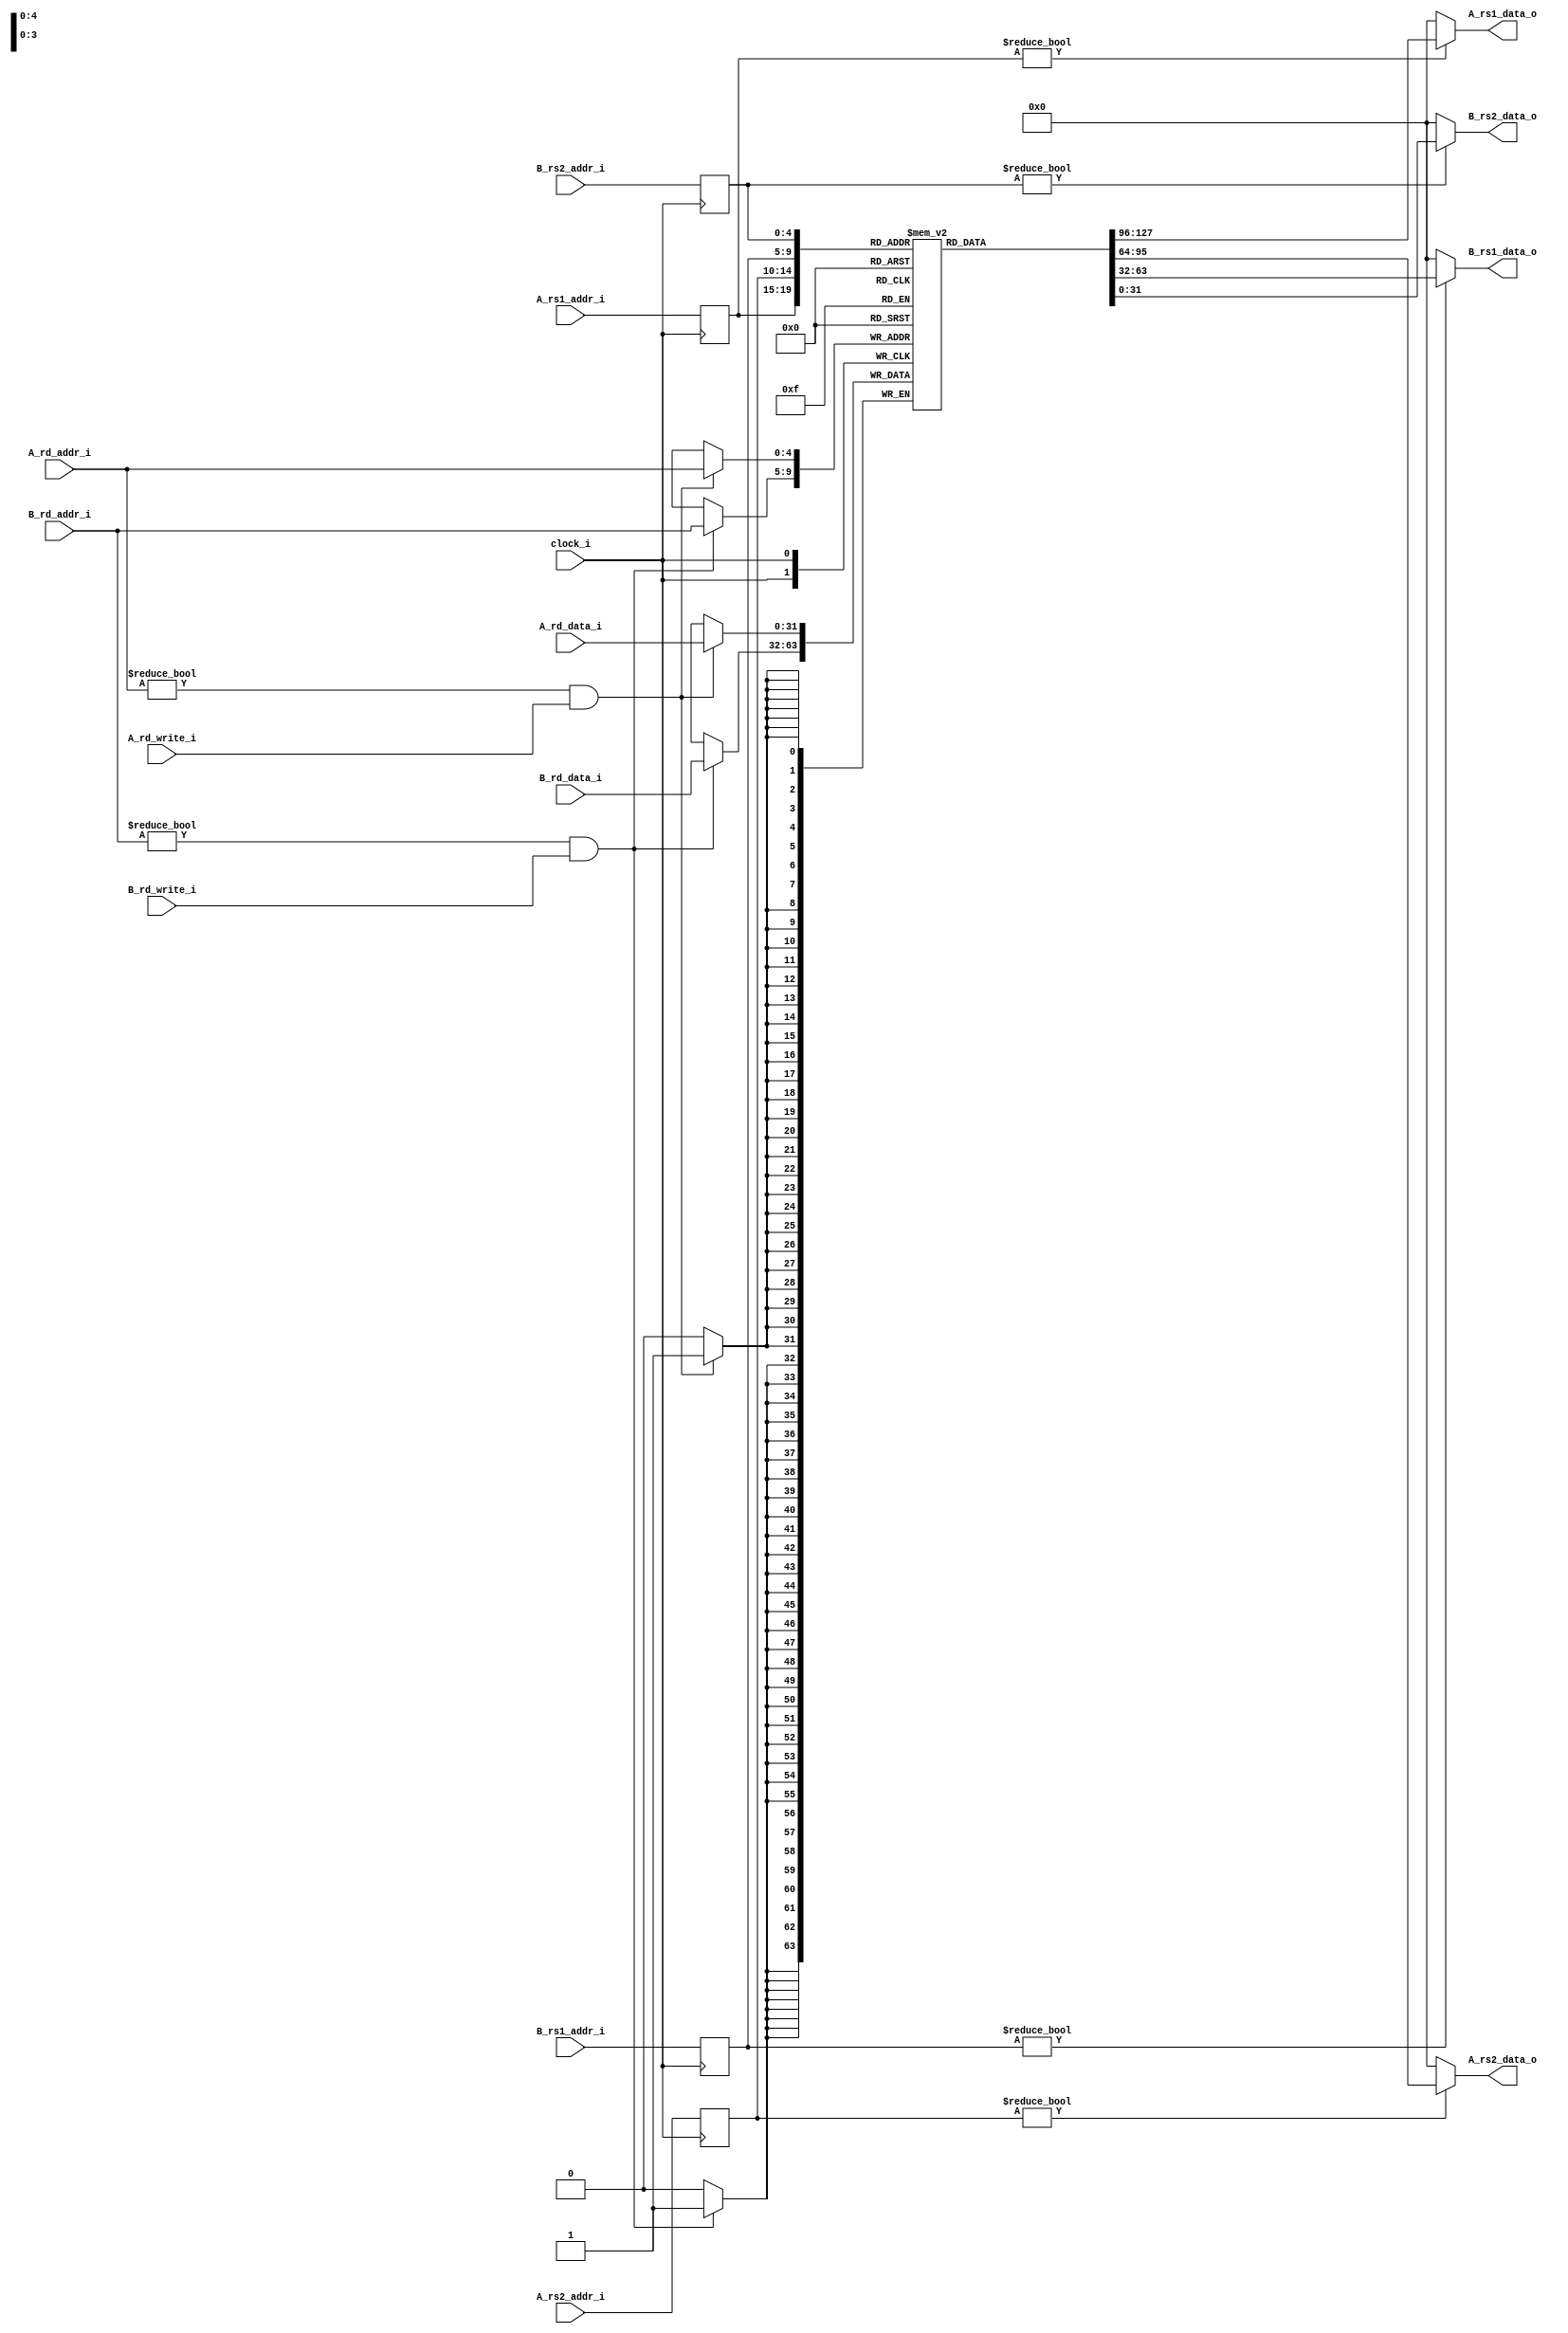
module regfile
(
    input  wire        clock_i,
    input  wire [ 4:0] A_rs1_addr_i,
    input  wire [ 4:0] A_rs2_addr_i,
    input  wire [ 4:0] A_rd_addr_i,
    input  wire [31:0] A_rd_data_i,
    input  wire        A_rd_write_i,

    input  wire [ 4:0] B_rs1_addr_i,
    input  wire [ 4:0] B_rs2_addr_i,
    input  wire [ 4:0] B_rd_addr_i,
    input  wire [31:0] B_rd_data_i,
    input  wire        B_rd_write_i,

    output wire [31:0] A_rs1_data_o,
    output wire [31:0] A_rs2_data_o,

    output wire [31:0] B_rs1_data_o,
    output wire [31:0] B_rs2_data_o
);

    reg [31:0] registers  [31:0];

    reg [04:0] A_rs1_address_internal;
    reg [04:0] A_rs2_address_internal;
    reg [04:0] B_rs1_address_internal;
    reg [04:0] B_rs2_address_internal;

    assign A_rs1_data_o = ( A_rs1_address_internal != 0 ) ? registers[A_rs1_address_internal] : 0;
    assign A_rs2_data_o = ( A_rs2_address_internal != 0 ) ? registers[A_rs2_address_internal] : 0;
    assign B_rs1_data_o = ( B_rs1_address_internal != 0 ) ? registers[B_rs1_address_internal] : 0;
    assign B_rs2_data_o = ( B_rs2_address_internal != 0 ) ? registers[B_rs2_address_internal] : 0;

    /*
    *  Initialize registers at zero and dump states
    */
    integer i;
    initial begin
        //$dumpfile("./build/uut.vcd");
        for (i = 0; i < 32; i = i + 1) begin
            registers[i] <= 32'b0;
            //$dumpvars(0, registers[i]);
        end
    end

    /*
    *  Write
    */
    always @(posedge clock_i) begin
        if (A_rd_addr_i != 5'b0 && A_rd_write_i) begin
            registers[A_rd_addr_i] <= A_rd_data_i;
        end

        if (B_rd_addr_i != 5'b0 && B_rd_write_i) begin
            registers[B_rd_addr_i] <= B_rd_data_i;
        end
    end

    /*
    *  Read
    */
    always @(posedge clock_i) begin
        A_rs1_address_internal <= A_rs1_addr_i;
        A_rs2_address_internal <= A_rs2_addr_i;

        B_rs1_address_internal <= B_rs1_addr_i;
        B_rs2_address_internal <= B_rs2_addr_i;
    end

endmodule